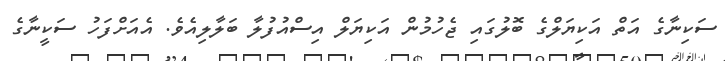
ސަކިނާގެ އަތް އަކިޔަލްގެ ބޮލުގައި ޖެހުމުން އަކިޔަލް އިސްއުފުލާ ބަލާލިއެވެ. އެއަށްފަހު ސަކީނާގެ